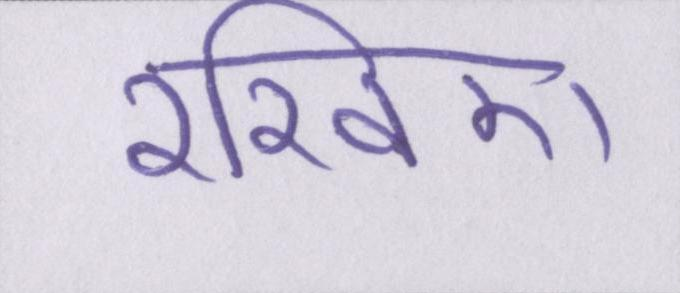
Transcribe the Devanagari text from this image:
रखिए